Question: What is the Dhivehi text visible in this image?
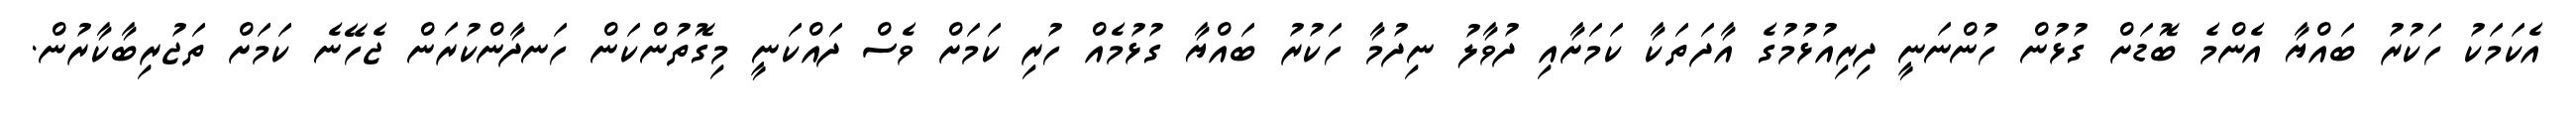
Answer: އެކަމަކު ހަކުރު ބައްޔާ އެންމެ ބޮޑަށް ގުޅުން ހުންނަނީ ދިރިއުޅުމުގެ އާދަތަކާ ކަމަށާއި ދުވާލު ނިދުމާ ހަކުރު ބައްޔާ ގުޅުމެއް ހުރި ކަމަށް ވެސް ދައްކަނީ މިގޮތުންކަން ހަނދާންކުރަން ޖެހޭނެ ކަމަށް ތަޖުރިބާކާރުން.